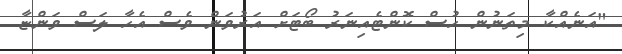
"އަނެއްކާ މިތަނުން ހުސް ކޮންޓެއިނަރު ބޯޓަށް އަރުވަން ވެސް އެހާ ލަސް ވަންޏާ